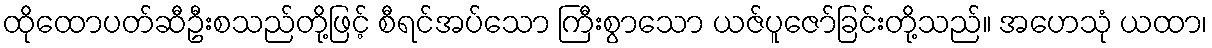
ထိုထောပတ်ဆီဦးစသည်တို့ဖြင့် စီရင်အပ်သော ကြီးစွာသော ယဇ်ပူဇော်ခြင်းတို့သည်။ အဟေသုံ ယထာ၊